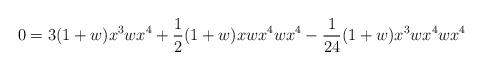
LaTeX: \begin{align*}0 & = 3(1+w) x^3w x^4 + \frac{1}{2}(1+w)xwx^4w x^4 - \frac{1}{24}(1+w)x^3wx^4w x^4\end{align*}